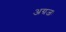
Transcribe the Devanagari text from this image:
अग्रजः